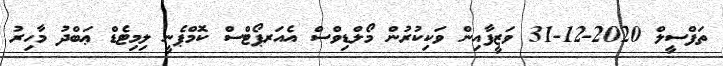
ތަފްސީލް 2020-12-31 ވަޒީފާއިން ވަކިކުރުން މޯލްޑިވްސް އެއަރޕޯޓްސް ކޮމްޕެނީ ލިމިޓެޑް ޢަބްދު މާހިރު